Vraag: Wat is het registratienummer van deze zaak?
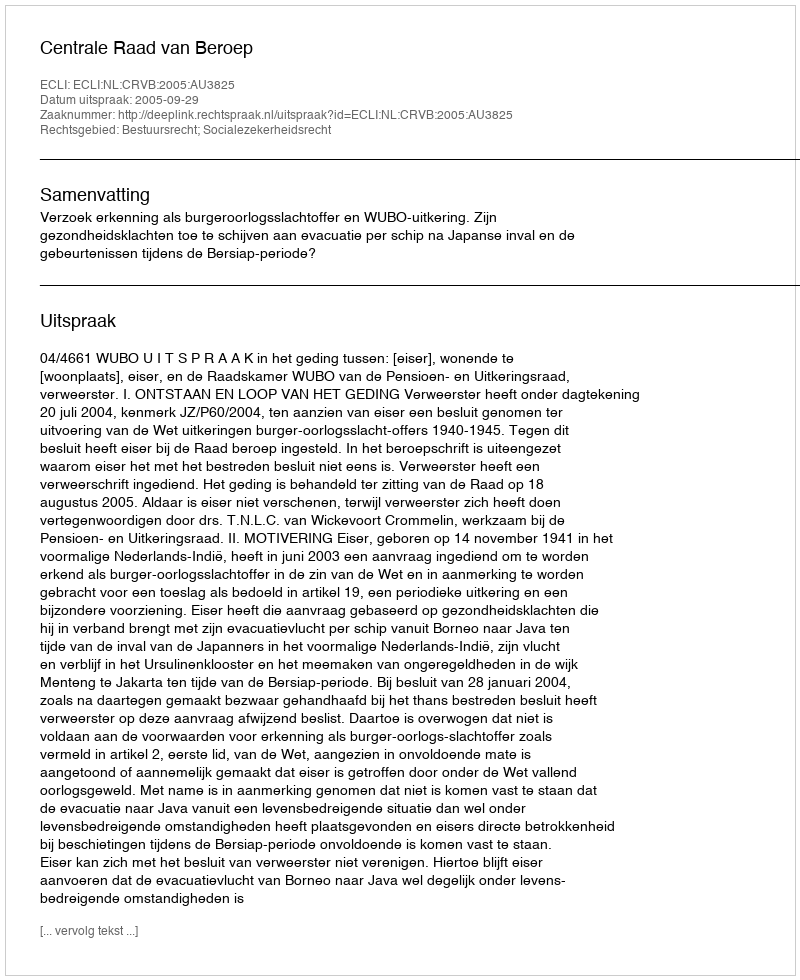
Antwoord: http://deeplink.rechtspraak.nl/uitspraak?id=ECLI:NL:CRVB:2005:AU3825